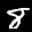
Label: 8